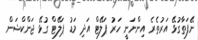
ނޭފަތާގުޅޭ އަރުތެރެ އިންނަނީ ހަރު ޕަލޭޓް އަދި މަޑު ޕަލޭޓް ގުޅޭ ޖަންކްޝަން